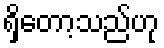
ရှိတော့သည်ဟု